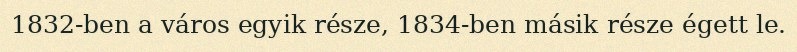
1832-ben a város egyik része, 1834-ben másik része égett le.